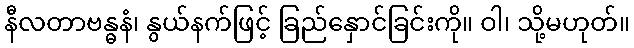
နီလတာဗန္ဓနံ၊ နွယ်နက်ဖြင့် ခြည်နှောင်ခြင်းကို။ ဝါ၊ သို့မဟုတ်။